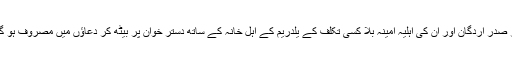
مگر صدر اردگان اور ان کی اہلیہ امینہ بلا کسی تکلف کے یلدریم کے اہل خانہ کے ساتھ دستر خوان پر بیٹھ کر دعاؤں میں مصروف ہو گئے۔